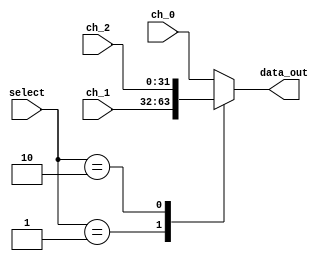
`timescale 1ns / 1ps
//////////////////////////////////////////////////////////////////////////////////
// Company: 
// Engineer: 
// 
// Design Name: 
// Module Name: Mux_3x1
// Project Name: 
// Target Devices: 
// Tool Versions: 
// Description: 
// 
// Dependencies: 
// 
// Revision:
// Revision 0.01 - File Created
// Additional Comments:
// 
//////////////////////////////////////////////////////////////////////////////////


module Mux_3x1 #(parameter W=32)
(
//Input Signals
input wire [1:0] select,
input wire [W-1:0] ch_0,
input wire [W-1:0] ch_1,
input wire [W-1:0] ch_2,

//Output Signals
output reg [W-1:0] data_out
);

    always @*
        begin
            case(select)
                2'b00: data_out = ch_0;
                2'b01: data_out = ch_1;
                2'b10: data_out = ch_2;
                default : data_out = ch_0;
            endcase
        end

endmodule